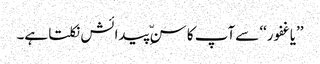
’’یاغفور‘‘ سےآپ کا سنِّ پیدائش نکلتا ہے۔